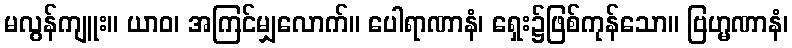
မလွန်ကျူး။ ယာဝ၊ အကြင်မျှလောက်။ ပေါရာဏာနံ၊ ရှေး၌ဖြစ်ကုန်သော။ ဗြဟ္မဏာနံ၊